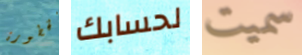
الخطورة لحسابك سميت